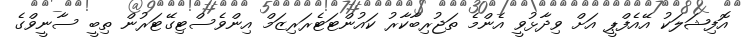
އޮފިޝަލަކު އޭއެފްޕީ އަށް ވިދާޅުވީ އެންމެ ތަޖުރިބާކާރު ކައުންޓަޓެރަރިޒަމް އިންވެސްޓިގޭޓަރުން ތިބީ ސާނީވްގެ